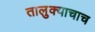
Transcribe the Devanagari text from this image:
तालुक्याचाच